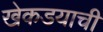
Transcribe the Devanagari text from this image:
खेकडयाची